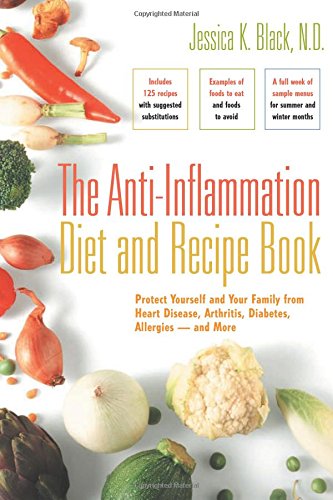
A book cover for The Anti-Inflammation Diet and Recipe Book: Protect Yourself and Your Family from Heart Disease, Arthritis, Diabetes, Allergies EE and More; Jessica K. Black; Health, Fitness & Dieting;